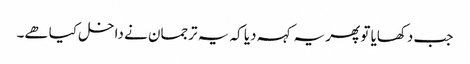
جب دکھایا تو پھر یہ کہہ دیا کہ یہ ترجمان نے داخل کیا ھے۔